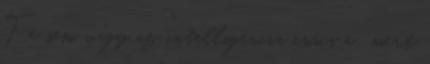
Te sem vagy az “intelligencia csúcs a ” mert